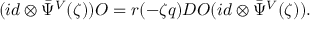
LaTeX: ( i d \otimes { \bar { \Psi } } ^ { V } ( \zeta ) ) { \cal O } = r ( - \zeta q ) D { \cal O } ( i d \otimes { \bar { \Psi } } ^ { V } ( \zeta ) ) .